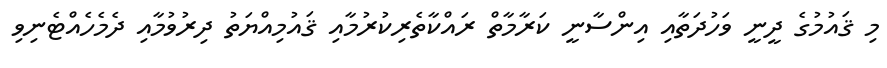
މި ޤައުމުގެ ދީނީ ވަހުދަތާއި އިންސާނީ ކަރާމާތް ރައްކާތެރިކުރުމާއި ޤައުމިއްޔަތު ދިރުވުމާއި ދެމެހެއްޓެނިވި